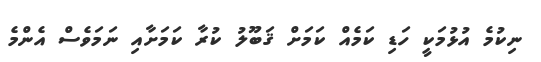
ނިކުމެ އުޅުމަކީ ހަޑި ކަމެއް ކަމަށް ޤަބޫލު ކުރާ ކަމަށާއި ނަމަވެސް އެންމެ